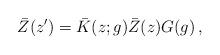
LaTeX: \begin{align*}\bar{Z}(z^{\prime})=\bar{K}(z;g)\bar{Z}(z)G(g)\,,\end{align*}